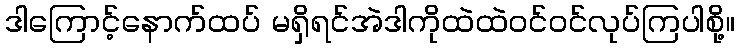
ဒါကြောင့်နောက်ထပ် မရှိရင်အဲဒါကိုထဲထဲဝင်ဝင်လုပ်ကြပါစို့။